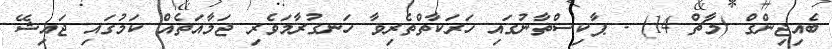
ބެއިޖިންގް (މާޗް 14) - ޕާކިސްތާނުގައި ހަރަކާތްތެރިވާ ހަނގުރާމަވެރި ޖަމާއަތެއް ކަމުގައި ޖައިޝޭ